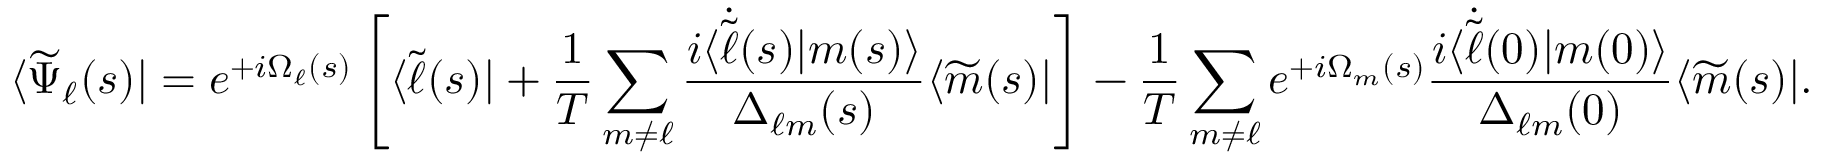
\langle \widetilde { \Psi } _ { \ell } ( s ) | = e ^ { + i \Omega _ { \ell } ( s ) } \left[ \langle \widetilde { \ell } ( s ) | + \frac { 1 } { T } \sum _ { m \neq \ell } \frac { i \langle \dot { \widetilde { \ell } } ( s ) | m ( s ) \rangle } { \Delta _ { \ell m } ( s ) } \langle \widetilde { m } ( s ) | \right] - \frac { 1 } { T } \sum _ { m \neq \ell } e ^ { + i \Omega _ { m } ( s ) } \frac { i \langle \dot { \widetilde { \ell } } ( 0 ) | m ( 0 ) \rangle } { \Delta _ { \ell m } ( 0 ) } \langle \widetilde { m } ( s ) | .